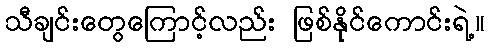
သီချင်းတွေကြောင့်လည်း ဖြစ်နိုင်ကောင်းရဲ့။